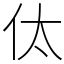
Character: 㑀